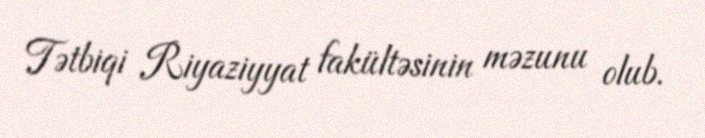
Tətbiqi Riyaziyyat fakültəsinin məzunu olub.